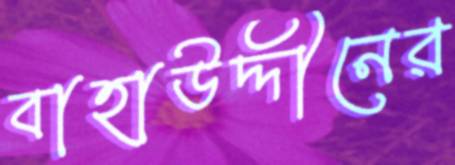
বাহাউদ্দীনের